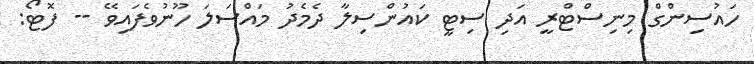
ހައުސިންގް މިނިސްޓްރީ އަދި ސިޓީ ކައުންސިލާ ދެމެދު މައްސަލަ ހޫނުވެފައިވޭ -- ފޮޓޯ: